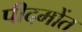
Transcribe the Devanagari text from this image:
पीदमोंत